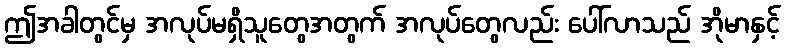
ဤအခါတွင်မှ အလုပ်မရှိသူတွေအတွက် အလုပ်တွေလည်း ပေါ်လာသည် အိုမာနှင့်